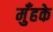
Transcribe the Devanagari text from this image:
मुँहके